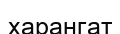
харангат